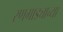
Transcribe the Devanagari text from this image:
रणगाड्याच्या